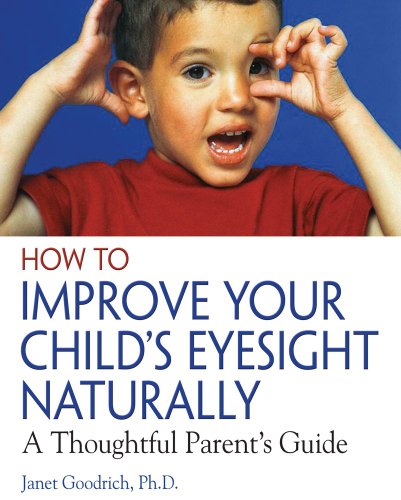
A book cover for How to Improve Your Child's Eyesight Naturally: A Thoughtful Parent's Guide; Janet Goodrich Ph.D.; Health, Fitness & Dieting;